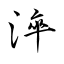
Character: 淬